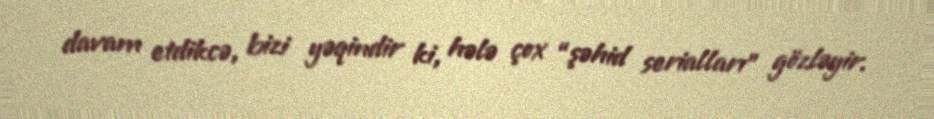
davam etdikcə, bizi yəqindir ki, hələ çox “şəhid serialları” gözləyir.